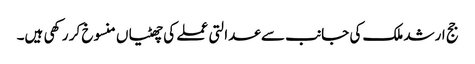
جج ارشد ملک کی جانب سے عدالتی عملے کی چھٹیاں منسوخ کر رکھی ہیں۔